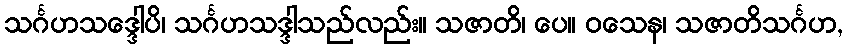
သင်္ဂဟသဒ္ဒေါပိ၊ သင်္ဂဟသဒ္ဒါသည်လည်း။ သဇာတိ၊ ပေ။ ဝသေန၊ သဇာတိသင်္ဂဟ,